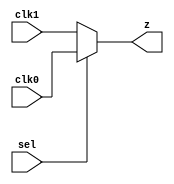
// This program was cloned from: https://github.com/aolofsson/oh
// License: MIT License

//#############################################################################
//# Function: 2:1 Clock Mux                                                   #
//#############################################################################
//# Author:   Andreas Olofsson                                                #
//# License:  MIT (see LICENSE file in OH! repository)                        #
//#############################################################################

module asic_clkmux2 #(parameter PROP = "DEFAULT")   (
    input  clk0,
    input  clk1,
    input  sel,
    output z
    );

   assign z = sel ? clk0 : clk1;

endmodule